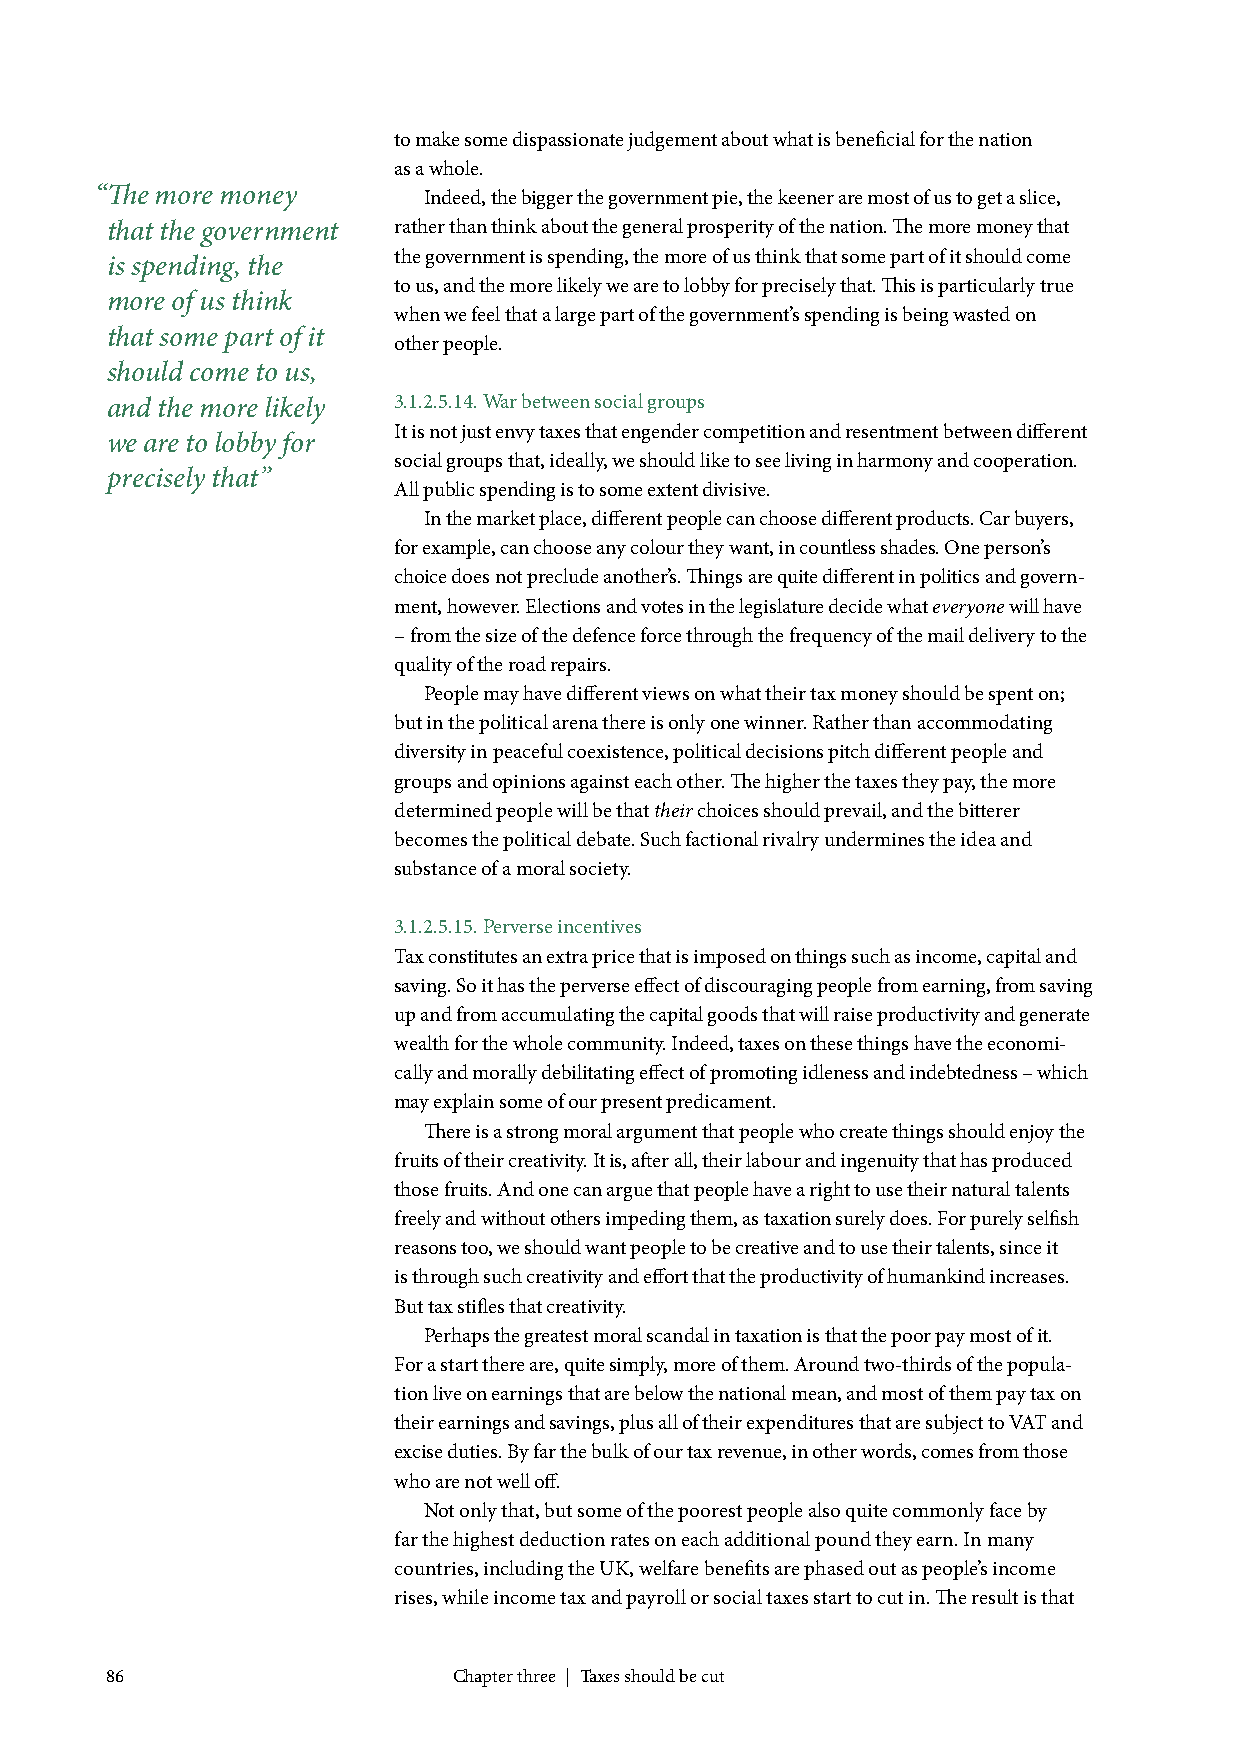
to make some dispassionate judgement about what is beneficial for the nation
 as a whole.
 “The more money       Indeed, the bigger the government pie, the keener are most of us to get a slice,
 that the government rather than think about the general prosperity of the nation. The more money that
 the government is spending, the more of us think that some part of it should come
 is spending, the
 to us, and the more likely we are to lobby for precisely that. This is particularly true
 more of us think
 when we feel that a large part of the government’s spending is being wasted on
 that some part of it
 other people.
 should come to us,
 and the more likely 3.1.2.5.14. War between social groups
 It is not just envy taxes that engender competition and resentment between different
 we are to lobby for
 social groups that, ideally, we should like to see living in harmony and cooperation.
 precisely that”
 All public spending is to some extent divisive.
 In the market place, different people can choose different products. Car buyers,
 for example, can choose any colour they want, in countless shades. One person’s
 choice does not preclude another’s. Things are quite different in politics and govern-
 ment, however. Elections and votes in the legislature decide what everyone will have
 – from the size of the defence force through the frequency of the mail delivery to the
 quality of the road repairs.
 People may have different views on what their tax money should be spent on;
 but in the political arena there is only one winner. Rather than accommodating
 diversity in peaceful coexistence, political decisions pitch different people and
 groups and opinions against each other. The higher the taxes they pay, the more
 determined people will be that their choices should prevail, and the bitterer
 becomes the political debate. Such factional rivalry undermines the idea and
 substance of a moral society.
 3.1.2.5.15. Perverse incentives
 Tax constitutes an extra price that is imposed on things such as income, capital and
 saving. So it has the perverse effect of discouraging people from earning, from saving
 up and from accumulating the capital goods that will raise productivity and generate
 wealth for the whole community. Indeed, taxes on these things have the economi-
 cally and morally debilitating effect of promoting idleness and indebtedness – which
 may explain some of our present predicament.
 There is a strong moral argument that people who create things should enjoy the
 fruits of their creativity. It is, after all, their labour and ingenuity that has produced
 those fruits. And one can argue that people have a right to use their natural talents
 freely and without others impeding them, as taxation surely does. For purely selfish
 reasons too, we should want people to be creative and to use their talents, since it
 is through such creativity and effort that the productivity of humankind increases.
 But tax stifles that creativity.
 Perhaps the greatest moral scandal in taxation is that the poor pay most of it.
 For a start there are, quite simply, more of them. Around two-thirds of the popula-
 tion live on earnings that are below the national mean, and most of them pay tax on
 their earnings and savings, plus all of their expenditures that are subject to VAT and
 excise duties. By far the bulk of our tax revenue, in other words, comes from those
 who are not well off.
 Not only that, but some of the poorest people also quite commonly face by
 far the highest deduction rates on each additional pound they earn. In many
 countries, including the UK, welfare benefits are phased out as people’s income
 rises, while income tax and payroll or social taxes start to cut in. The result is that
 86                     Chapter three | Taxes should be cut